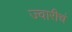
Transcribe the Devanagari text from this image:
ज्वारीचं